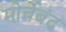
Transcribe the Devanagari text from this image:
मोर्चेबंद